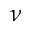
\nu